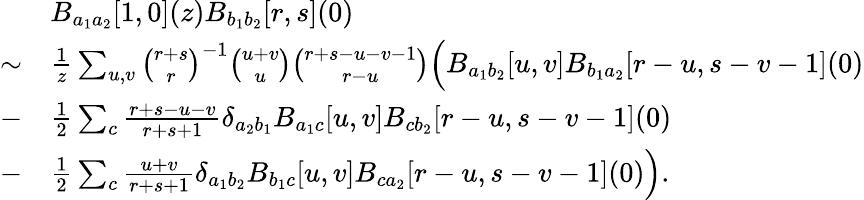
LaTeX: \begin{array}{rl}&{B_{a_{1}a_{2}}[1,0](z)B_{b_{1}b_{2}}[r,s](0)}\\ {\sim}&{\frac{1}{z}\sum_{u,v}\binom{r+s}{r}^{-1}\binom{u+v}{u}\binom{r+s-u-v-1}{r-u}\Bigl(B_{a_{1}b_{2}}[u,v]B_{b_{1}a_{2}}[r-u,s-v-1](0)}\\ {-}&{\frac{1}{2}\sum_{c}\frac{r+s-u-v}{r+s+1}\delta_{a_{2}b_{1}}B_{a_{1}c}[u,v]B_{cb_{2}}[r-u,s-v-1](0)}\\ {-}&{\frac{1}{2}\sum_{c}\frac{u+v}{r+s+1}\delta_{a_{1}b_{2}}B_{b_{1}c}[u,v]B_{ca_{2}}[r-u,s-v-1](0)\Bigr).}\end{array}